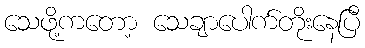
သေဖို့ကတော့ သေချာပေါက်တိုးနေပြီ